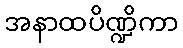
အနာထပိဏ္ဍိကာ